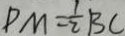
P M = \frac { 1 } { 2 } B C